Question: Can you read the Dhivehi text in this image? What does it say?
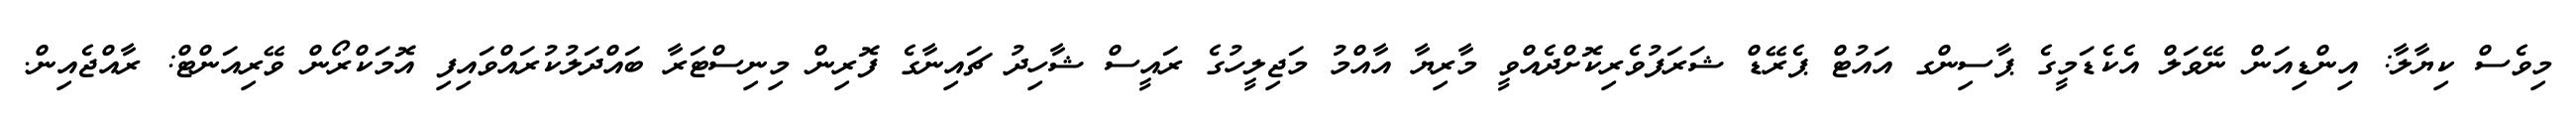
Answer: މިވެސް ކިޔާލާ: އިންޑިއަން ނޭވަލް އެކެޑަމީގެ ޕާސިންގ އައުޓް ޕެރޭޑް ޝަރަފުވެރިކޮށްދެއްވީ މާރިޔާ އާއްމު މަޖިލީހުގެ ރައީސް ޝާހިދު ޗައިނާގެ ފޮރިން މިނިސްޓަރާ ބައްދަލުކުރައްވައިފި އޮމަކްރޯން ވޭރިއަންޓް: ރާއްޖެއިން.